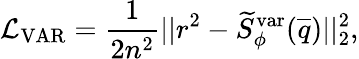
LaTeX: \mathcal{L}_{\mathrm{VAR}}=\frac{1}{2n^{2}}||r^{2}-\widetilde{S}_{\phi}^{\mathrm{var}}(\overline{{q}})||_{2}^{2},